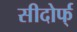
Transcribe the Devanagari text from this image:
सीदोर्फ्